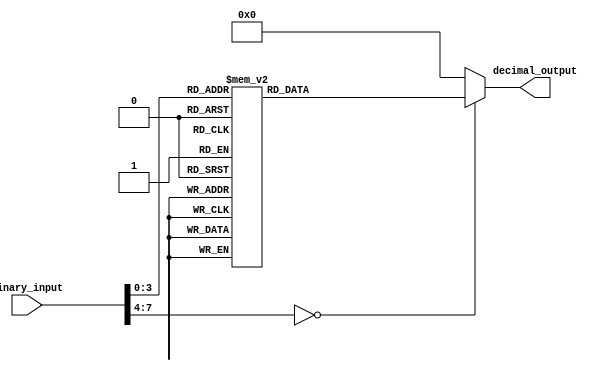
module decimal_decoder(
    input [7:0] binary_input,
    output reg [3:0] decimal_output
);

always @(*)
begin
    case(binary_input)
        8'b00000001: decimal_output = 1;
        8'b00000010: decimal_output = 2;
        8'b00000011: decimal_output = 3;
        8'b00000100: decimal_output = 4;
        8'b00000101: decimal_output = 5;
        8'b00000110: decimal_output = 6;
        8'b00000111: decimal_output = 7;
        8'b00001000: decimal_output = 8;
        8'b00001001: decimal_output = 9;
        // Add more cases as needed
        default: decimal_output = 0;
    endcase
end

endmodule